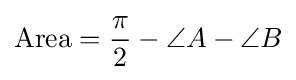
{\textrm {Area}}={\frac {\pi }{2}}-\angle A-\angle B